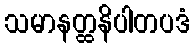
သမာနတ္ထနိပါတပဒံ